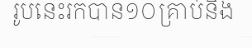
រូបនេះរកបាន១០គ្រាប់និង